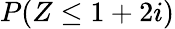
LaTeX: P(Z\leq 1+2i)